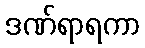
ဒဏ်ရာရကာ